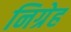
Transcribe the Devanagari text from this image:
निग्रेह